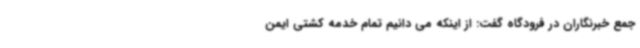
جمع خبرنگاران در فرودگاه گفت: از اینکه می دانیم تمام خدمه کشتی ایمن